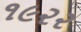
૧૯૨૨